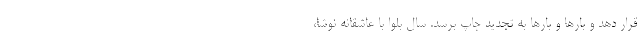
قرار دهد و بارها و بارها به تجدید چاپ برسد. سال بلوا با عاشقانه نوشا،